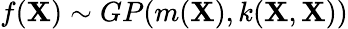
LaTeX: f(\textbf{X})\sim GP(m(\textbf{X}),k(\textbf{X},\textbf{X}))